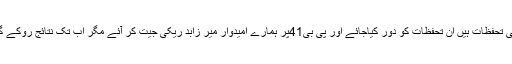
2018ء کے انتخابات پر متحدہ مجلس عمل کے بھی تحفظات ہیں ان تحفظات کو دور کیاجائے اور پی بی41پر ہمارے امیدوار میر زابد ریکی جیت کر آئے مگر اب تک نتائج روکے گئے ہیں نوٹیفکیشن فوری طو رپر جاری کیا جائے ۔